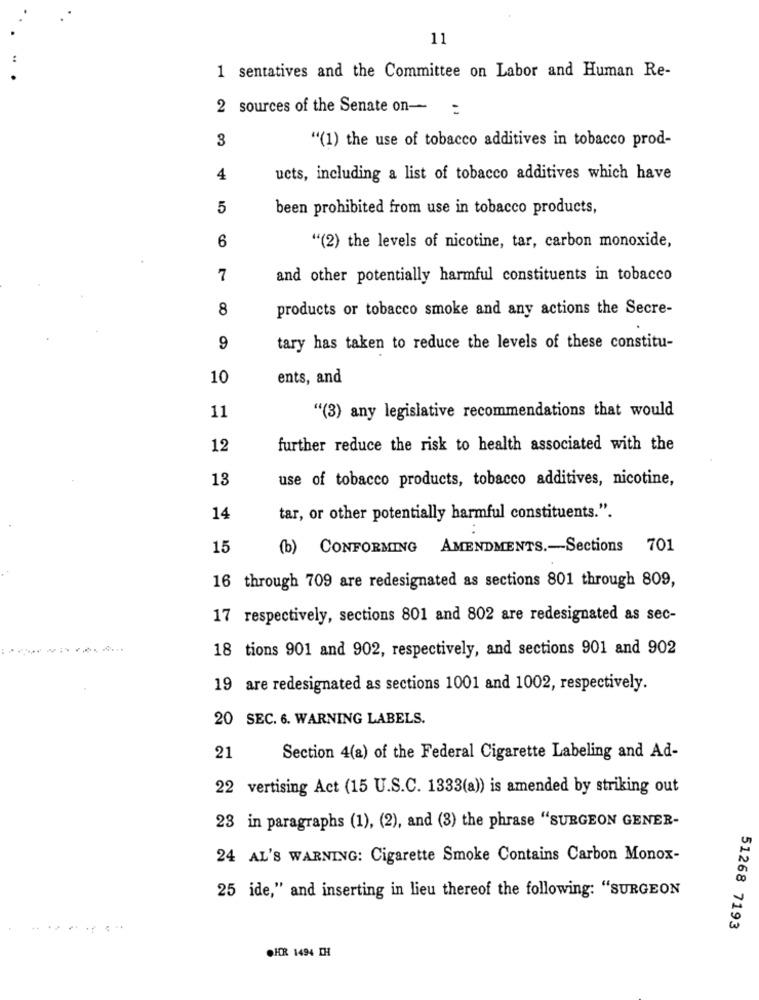
11
1 sentatives and the Committee on Labor and Human Re-
2 sources of the Senate on- :
3
"(1) the use of tobacco additives in tobacco prod-
4
ucts, including a list of tobacco additives which have
5
been prohibited from use in tobacco products,
6
"(2) the levels of nicotine, tar, carbon monoxide,
7
and other potentially harmful constituents in tobacco
8
products or tobacco smoke and any actions the Secre-
9
tary has taken to reduce the levels of these constitu-
10
ents, and
11
"(3) any legislative recommendations that would
12
further reduce the risk to health associated with the
13
use of tobacco products, tobacco additives, nicotine,
14
tar, or other potentially harmful constituents.".
15
(b) CONFORMING AMENDMENTS .- Sections 701
16 through 709 are redesignated as sections 801 through 809,
17 respectively, sections 801 and 802 are redesignated as sec-
18 tions 901 and 902, respectively, and sections 901 and 902
19 are redesignated as sections 1001 and 1002, respectively.
20 SEC. 6. WARNING LABELS.
21
Section 4(a) of the Federal Cigarette Labeling and Ad-
22 vertising Act (15 U.S.C. 1333(a)) is amended by striking out
23 in paragraphs (1), (2), and (3) the phrase "SURGEON GENER-
24 AL'S WARNING: Cigarette Smoke Contains Carbon Monox-
25 ide," and inserting in lieu thereof the following: "SURGEON
51268 7193
OHR 1494 TH